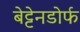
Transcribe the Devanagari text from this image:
बेट्टेनडोर्फ